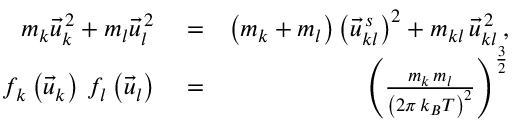
\begin{array} { r l r } { m _ { k } \vec { u } _ { k } ^ { \, 2 } + m _ { l } \vec { u } _ { l } ^ { \, 2 } } & { { } = } & { \left( m _ { k } + m _ { l } \right) \left( \vec { u } _ { k l } ^ { \, s } \right) ^ { 2 } + m _ { k l } \, \vec { u } _ { k l } ^ { \, 2 } \, , } \\ { f _ { k } \left( \vec { u } _ { k } \right) \, f _ { l } \left( \vec { u } _ { l } \right) } & { { } = } & { \left( \frac { m _ { k } \, m _ { l } } { \left( 2 \pi \, k _ { B } T \right) ^ { 2 } } \right) ^ { \frac { 3 } { 2 } } } \end{array}